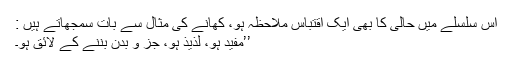
اس سلسلے میں حالی کا بھی ایک اقتباس ملاحظہ ہو، کھانے کی مثال سے بات سمجھاتے ہیں :
’’مفید ہو، لذیذ ہو، جز و بدن بننے کے لائق ہو۔